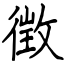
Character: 徴